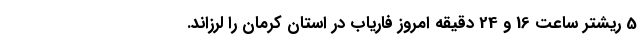
5 ریشتر ساعت 16 و 24 دقیقه امروز فاریاب در استان کرمان را لرزاند.